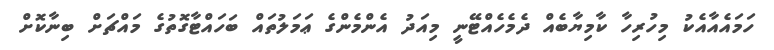
ހަމައެއާއެކު މިހުރިހާ ކާމިޔާބެއް ދެމެހެއްޓޭނީ މިއަދު އެންމެންގެ ޢަމަލުތައް ބަހައްޓާގޮތުގެ މައްޗަށް ބިނާކޮށް